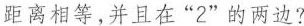
距离相等，并且在”2”的两边?